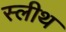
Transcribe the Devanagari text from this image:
स्लीथ